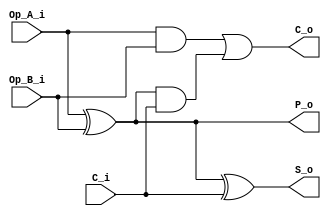
`timescale 1ns / 1ps
//////////////////////////////////////////////////////////////////////////////////
// Company: 
// Engineer: 
// 
// Design Name: 
// Module Name: Full_Adder_PG_1b
// Project Name: 
// Target Devices: 
// Tool Versions: 
// Description: 
// 
// Dependencies: 
// 
// Revision:
// Revision 0.01 - File Created
// Additional Comments:
// 
//////////////////////////////////////////////////////////////////////////////////


module Full_Adder_PG_1b(
    input wire Op_A_i,
    input wire Op_B_i,
    input wire C_i, //Carry in
    output wire S_o, // Solution out
    output wire C_o, //Carry out
    output wire P_o //Propagate (for LZA)
    );
    
    wire G_o;
    assign P_o = Op_A_i ^ Op_B_i;
    assign G_o = Op_A_i & Op_B_i;
    assign S_o = P_o ^ C_i;
    assign C_o = G_o | (P_o & C_i);
    
endmodule